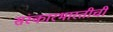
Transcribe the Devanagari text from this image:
संस्कारभारतीची